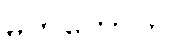
မဟကောတိ